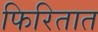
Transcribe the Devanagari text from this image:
फिरितात